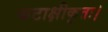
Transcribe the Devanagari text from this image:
कटाक्षीकृतः।